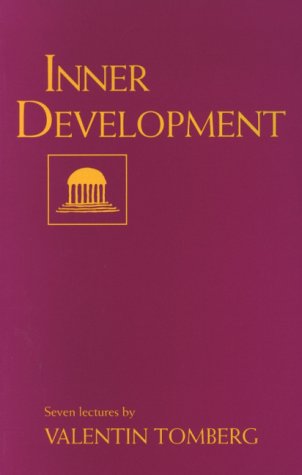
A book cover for Inner Development; Valentin Tomberg; Religion & Spirituality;